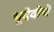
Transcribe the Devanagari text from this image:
भूदेवीचे